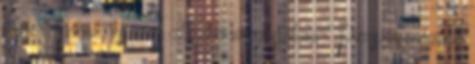
nem tetszene, és nem akarná megbántani? Persze még az